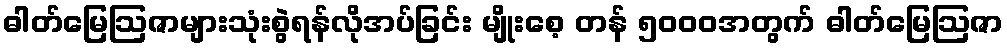
ဓါတ်မြေဩဇာများသုံးစွဲရန်လိုအပ်ခြင်း မျိုးစေ့ တန် ၅၀၀၀အတွက် ဓါတ်မြေဩဇာ